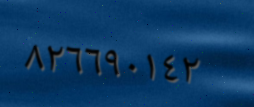
٨٢٦٦٩٠١٤٢